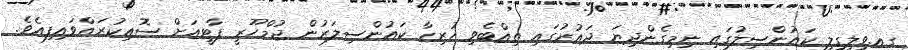
ގއ.ވިލިގިލީ ކައުންސިލުގައި ނިމިގެންދިޔަ ދައުރުގައި ތިއްބެވި ހުރިހާ ކައުންސިލަރުން ޖުމްހޫރީ ޕާޓީއަށް ސޮއިކުރައްވައިފިއެވެ.